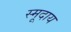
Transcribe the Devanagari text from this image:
स्मूदाय